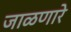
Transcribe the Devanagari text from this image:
जाळणारे